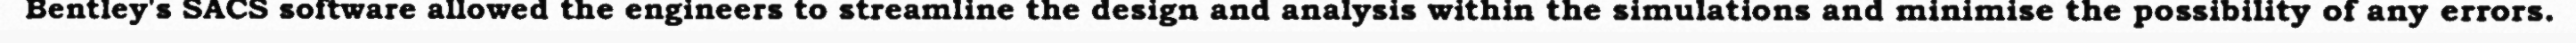
Bentley's SACS software allowed the engineers to streamline the design and analysis within the simulations and minimise the possibility of any errors.